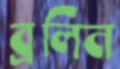
ব্রলিন